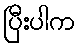
ပြီးပါက